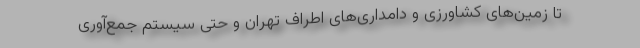
تا زمین‌های کشاورزی و دامداری‌های اطراف تهران و حتی سیستم جمع‌آوری